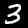
Label: 3